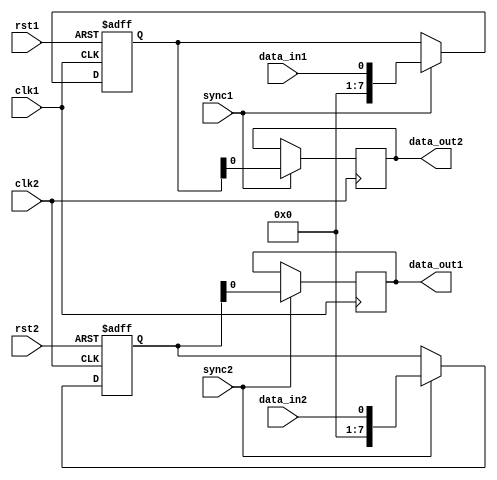
module bypass_register (
    input wire clk1,
    input wire rst1,
    input wire data_in1,
    input wire sync1,
    output reg data_out1,

    input wire clk2,
    input wire rst2,
    input wire data_in2,
    input wire sync2,
    output reg data_out2
);

reg [7:0] buffer_reg1;
reg [7:0] buffer_reg2;

always @(posedge clk1 or posedge rst1) begin
    if (rst1) begin
        buffer_reg1 <= 8'h00;
    end else begin
        if (sync1) begin
            buffer_reg1 <= data_in1;
        end
    end
end

always @(posedge clk2 or posedge rst2) begin
    if (rst2) begin
        buffer_reg2 <= 8'h00;
    end else begin
        if (sync2) begin
            buffer_reg2 <= data_in2;
        end
    end
end

always @(posedge clk2) begin
    if (sync1) begin
        data_out2 <= buffer_reg1;
    end
end

always @(posedge clk1) begin
    if (sync2) begin
        data_out1 <= buffer_reg2;
    end
end

endmodule